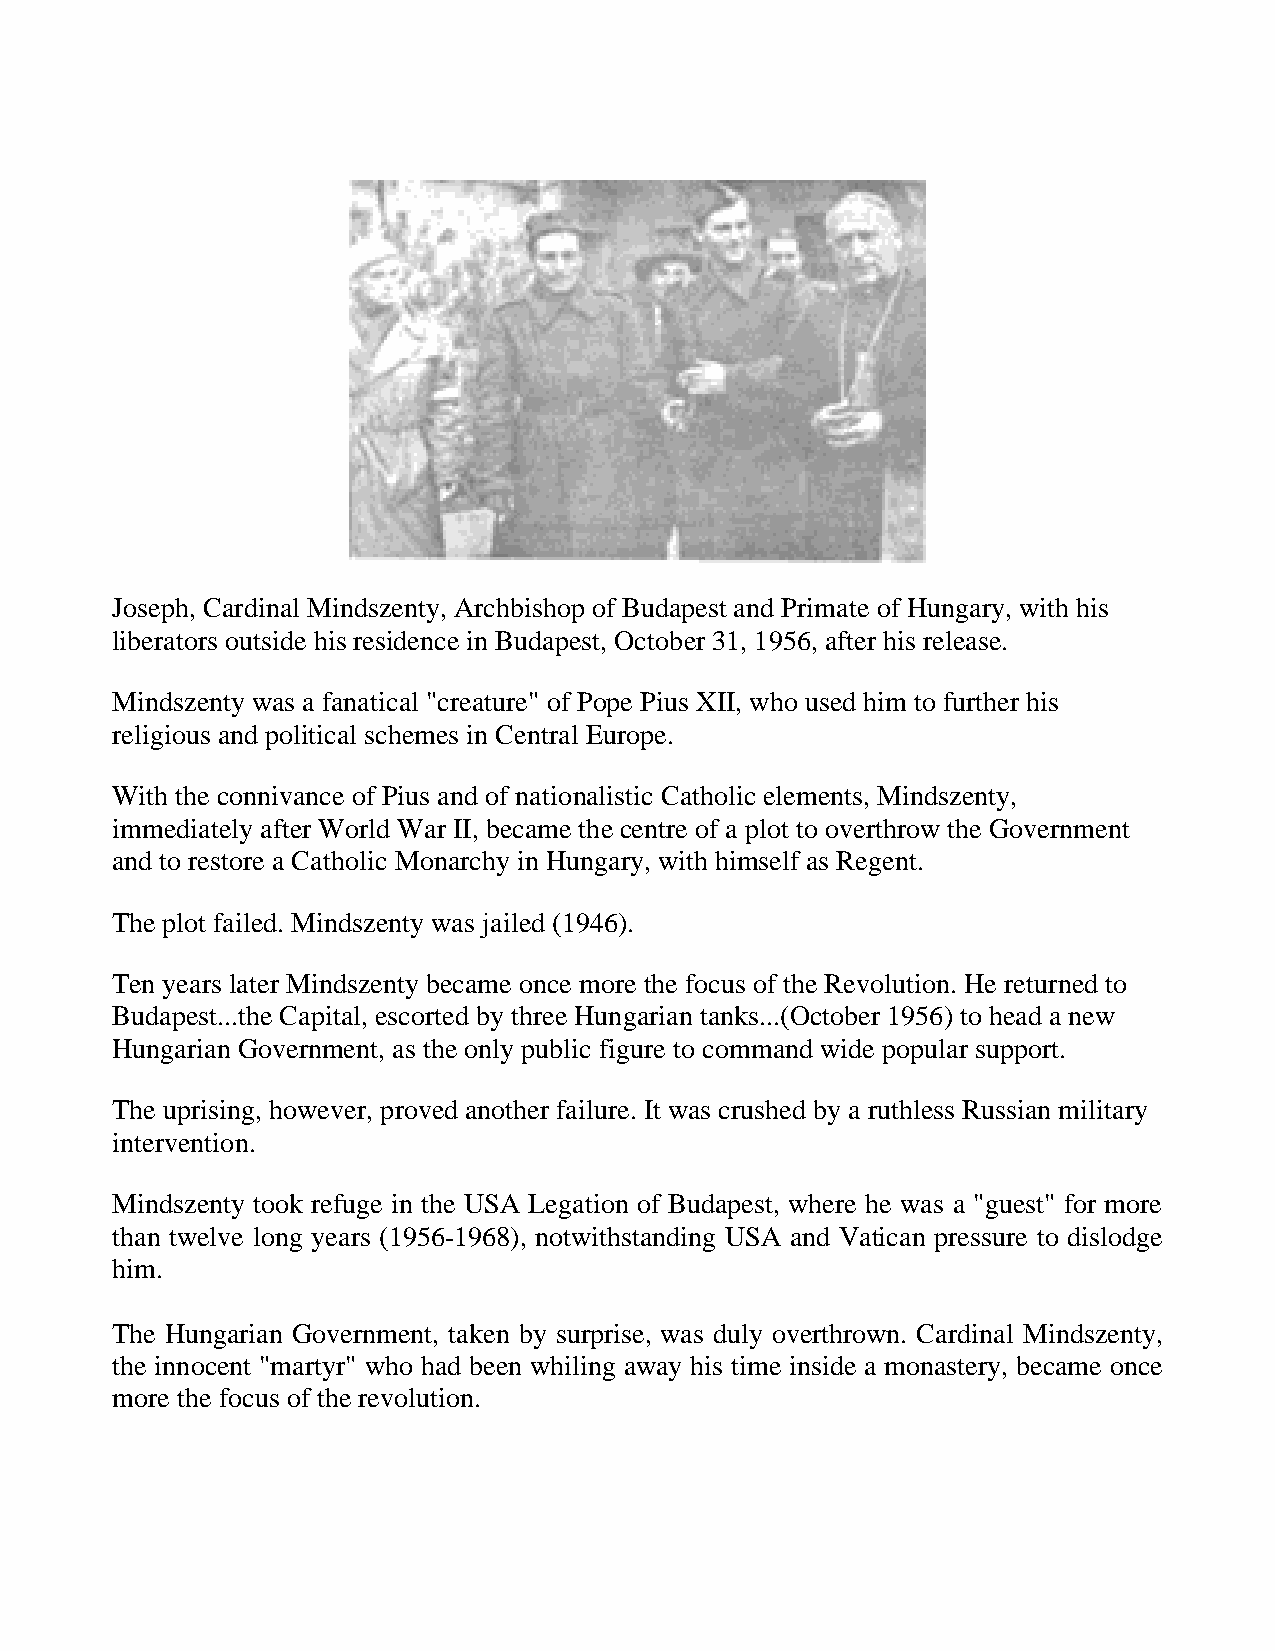
Joseph, Cardinal Mindszenty, Archbishop of Budapest and Primate of Hungary, with his
 liberators outside his residence in Budapest, October 31, 1956, after his release.
 Mindszenty was a fanatical "creature" of Pope Pius XII, who used him to further his
 religious and political schemes in Central Europe.
 With the connivance of Pius and of nationalistic Catholic elements, Mindszenty,
 immediately after World War II, became the centre of a plot to overthrow the Government
 and to restore a Catholic Monarchy in Hungary, with himself as Regent.
 The plot failed. Mindszenty was jailed (1946).
 Ten years later Mindszenty became once more the focus of the Revolution. He returned to
 Budapest...the Capital, escorted by three Hungarian tanks...(October 1956) to head a new
 Hungarian Government, as the only public figure to command wide popular support.
 The uprising, however, proved another failure. It was crushed by a ruthless Russian military
 intervention.
 Mindszenty took refuge in the USA Legation of Budapest, where he was a "guest" for more
 than twelve long years (1956-1968), notwithstanding USA and Vatican pressure to dislodge
 him.
 The Hungarian Government, taken by surprise, was duly overthrown. Cardinal Mindszenty,
 the innocent "martyr" who had been whiling away his time inside a monastery, became once
 more the focus of the revolution.